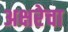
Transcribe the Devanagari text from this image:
अक्षरेचा